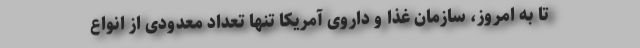
تا به امروز، سازمان غذا و داروی آمریکا تنها تعداد معدودی از انواع